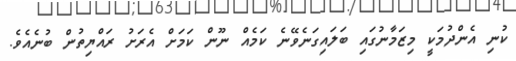
ކުނި އެންދުމަކީ މިޒަމާނުގައި ބަލައިގަނެވޭނެ ކަމެއް ނޫން ކަމަށް އެރަށު ރައްޔިތުން ބުނެއެވެ.